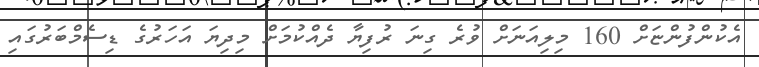
އެކުންފުންޏަށް 160 މިލިއަނަށް ވުރެ ގިނަ ރުފިޔާ ދެއްކުމަށް މިދިޔަ އަހަރުގެ ޑިސެމްބަރުގައި